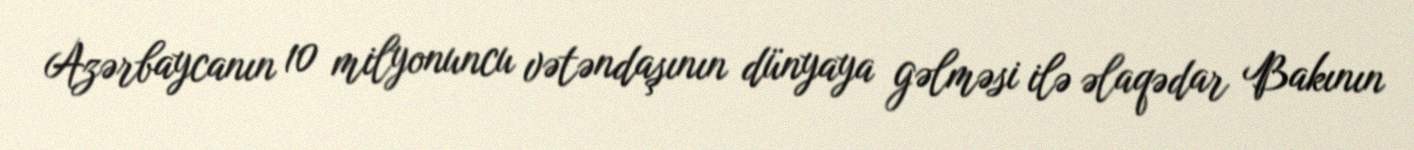
Azərbaycanın 10 milyonuncu vətəndaşının dünyaya gəlməsi ilə əlaqədar Bakının